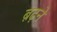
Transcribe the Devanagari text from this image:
ब़ढ़ने